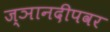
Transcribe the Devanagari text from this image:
ज्ञानदीपवर